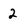
Character: 2